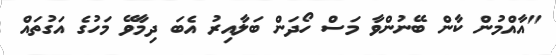
"އާއްމުން ކާން ބޭނުންވާ މަސް ހޯދަން ބަލާއިރު އެބަ ދިމާވޭ މަހުގެ އަގުތައް